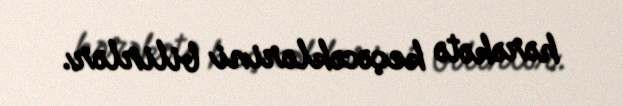
hərəkətə keçəcəklərini bilirlər.